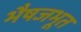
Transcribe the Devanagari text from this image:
भैषजभूत